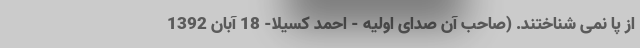
از پا نمی شناختند. (صاحب آن صدای اولیه - احمد کسیلا- 18 آبان 1392